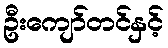
ဦးကျော်တင်နှင့်